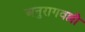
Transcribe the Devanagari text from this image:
अनुरागवल्ली